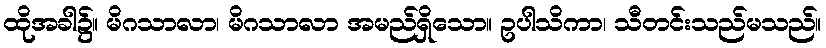
ထိုအခါ၌။ မိဂသာလာ၊ မိဂသာလာ အမည်ရှိသော။ ဥပါသိကာ၊ သီတင်းသည်မသည်။